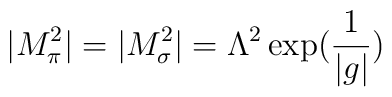
|M_{\pi}^2| = |M_{\sigma}^2| =  \Lambda^2 \exp (  \frac{1}{|g|})